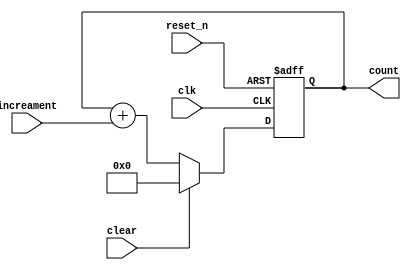
module counter #(parameter COUNT_LENGTH = 6)(
    input clk, 
    input reset_n, 
    input clear, 
    input increament, 
  	output reg [COUNT_LENGTH-1:0] count
); 

    always @(posedge clk or negedge reset_n) begin 
        if(!reset_n) 
            count <= 'b0; 
        else 
            count <= clear ? 'b0: count + increament; 
    end 
endmodule